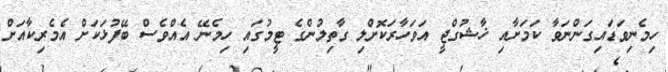
ހިމެނިވަޑައިގަންނަވާ ކަމަށާއި ޚާޝުގްޖީ އަވަހާރަކޮށްލި ގާތިލުންގެ ޓީމުގައި ހިމެނޭ އެއްވެސް ބޭފުޅަކަށް އެމެރިކާއަށް